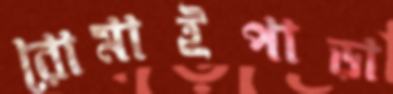
রোমাইপাড়া